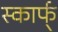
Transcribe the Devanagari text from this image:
स्कार्फ्